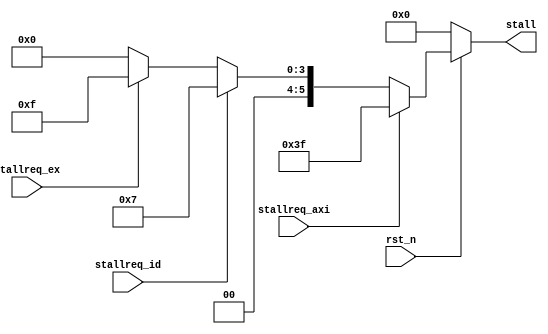
`define StallBus 6
module ctrl(
    input wire rst_n,
    input wire stallreq_id,
    input wire stallreq_ex,
    input wire stallreq_axi,
    output reg [`StallBus-1:0] stall
);

    always @ (*) begin
        if (!rst_n) begin
            stall = `StallBus'b0;
        end
        else if (stallreq_axi) begin
            stall = `StallBus'b111111;
        end
        //idid
        else if (stallreq_id) begin
            stall = `StallBus'b000111;
        end
        else if (stallreq_ex) begin
            stall = `StallBus'b001111;
        end
        else begin
            stall = `StallBus'b0;
        end
    end
endmodule